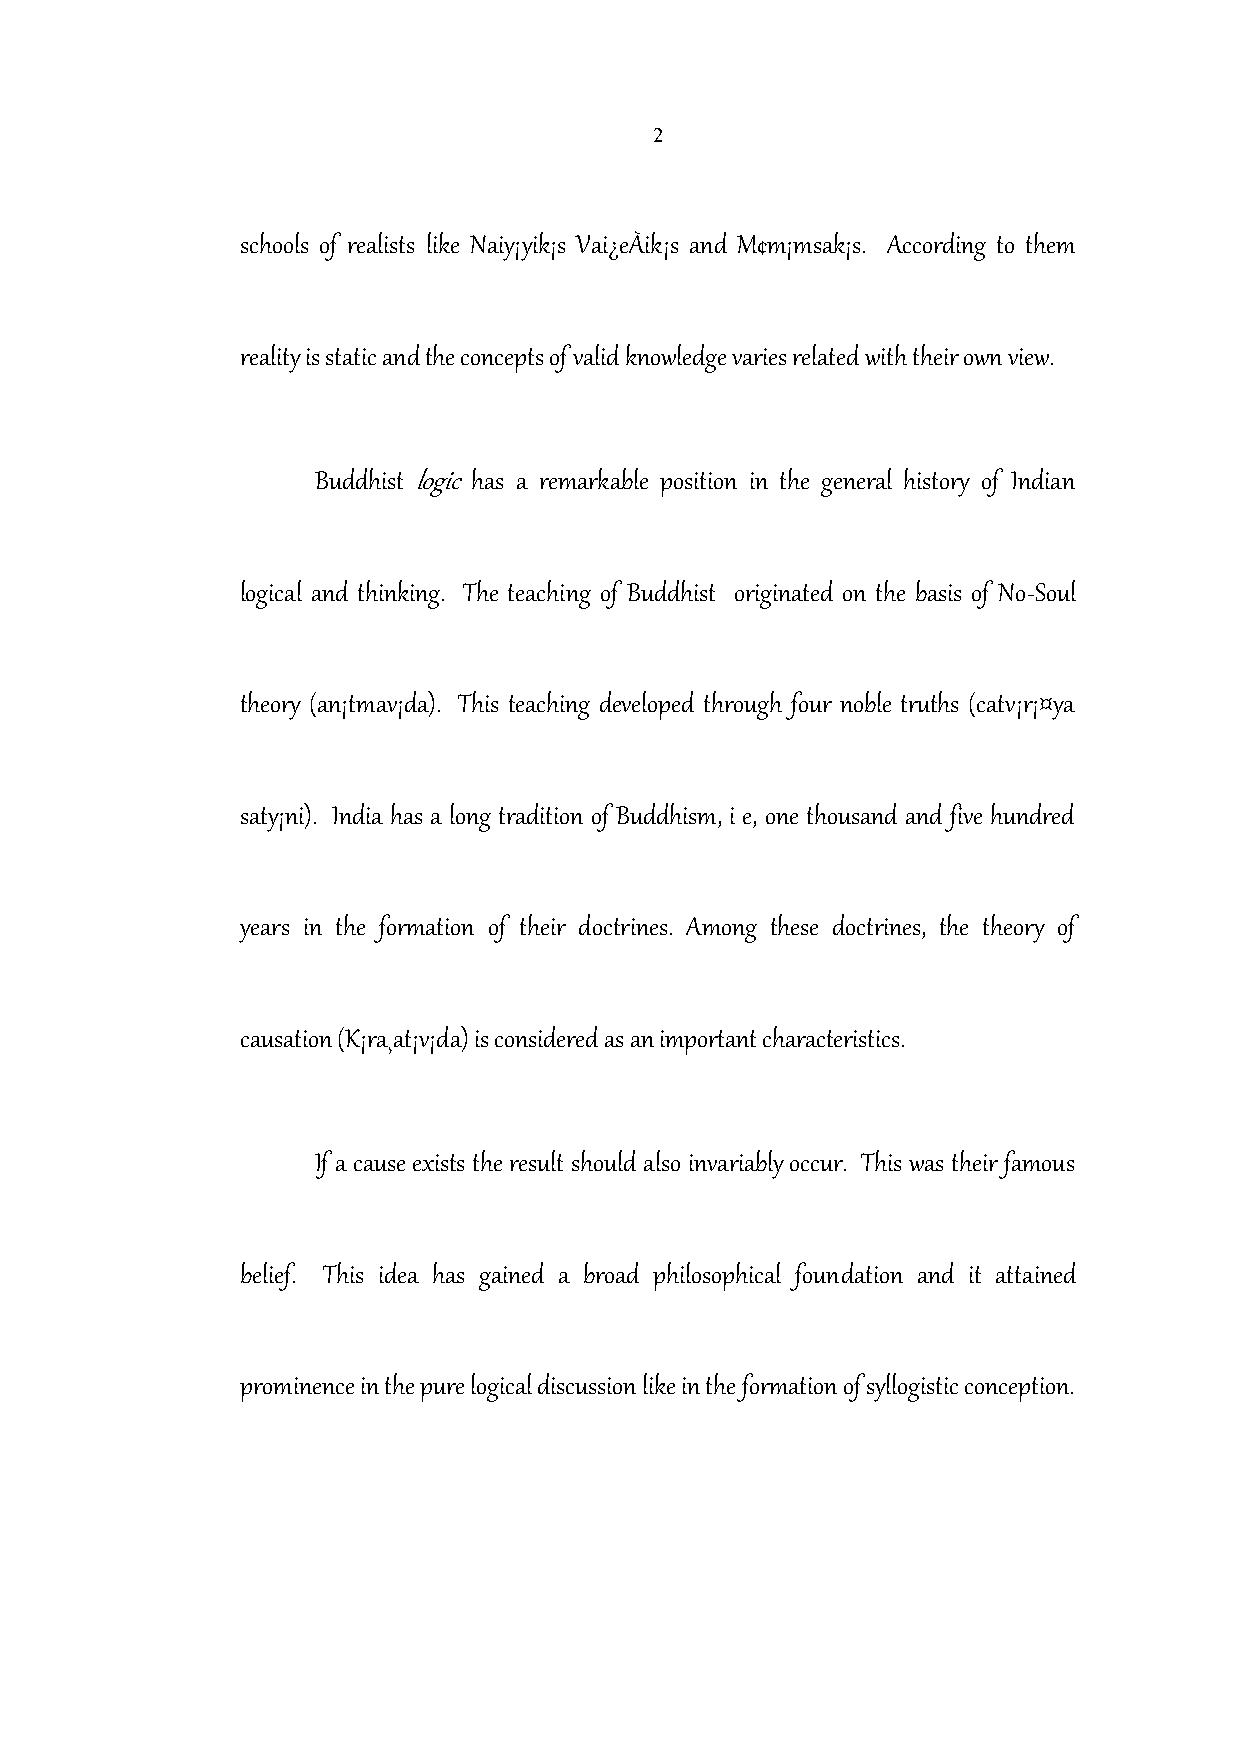
2
 schools of realists like Naiy¡yik¡s Vai¿eÀik¡s and M¢m¡msak¡s. According to them
 reality is static and the concepts of valid knowledge varies related with their own view.
 Buddhistlogic has a remarkable position in the general history of Indian
 logical and thinking. The teaching of Buddhist originated on the basis of No-Soul
 theory (an¡tmav¡da). This teaching developed through four noble truths (catv¡r¡¤ya
 saty¡ni). India has a long tradition of Buddhism, i e, one thousand and five hundred
 years in the formation of their doctrines. Among these doctrines, the theory of
 causation (K¡ra¸at¡v¡da) is considered as an important characteristics.
 If a cause exists the result should also invariably occur. This was their famous
 belief. This idea has gained a broad philosophical foundation and it attained
 prominence in the pure logical discussion like in the formation of syllogistic conception.